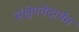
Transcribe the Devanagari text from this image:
संक्षेपवेदार्थम